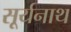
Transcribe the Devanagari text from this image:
सूर्यनाथ